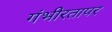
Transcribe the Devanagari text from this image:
गंभीरतापर